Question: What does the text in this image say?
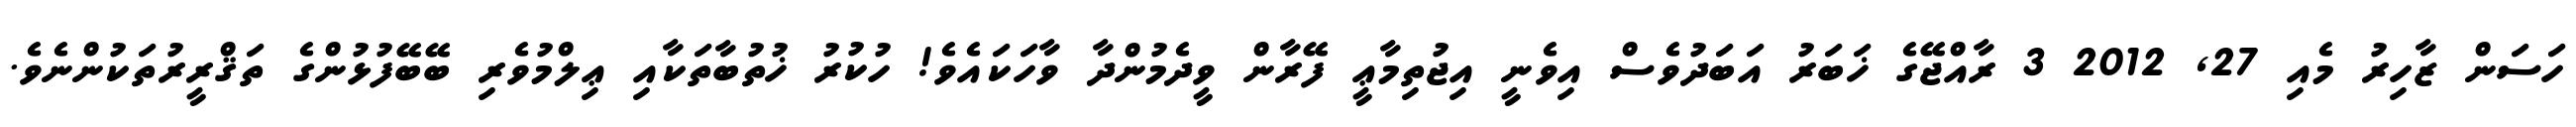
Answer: ހަސަން ޒާހިރު މެއި 27, 2012 3 ރާއްޖޭގެ ޚަބަރު އަބަދުވެސް އިވެނީ އިޖުތިމާޢީ ފޭރާން ވީދެމުންދާ ވާހަކައެވެ! ހުކުރު ޚުތުބާތަކާއި ޢިލްމުވެރި ބޭބޭފުޅުންގެ ތަޤްރީރުތަކުންނެވެ.